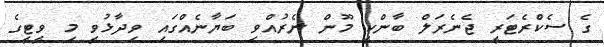
ގެ ސެކްރެޓަރީ ޖެނެރަލް ބާންކީ މޫން ނެރުއްވި ބަޔާނެއްގައި ވިދާޅުވީ މި ވީޓީގެ